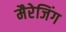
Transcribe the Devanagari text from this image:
मैरेजिंग